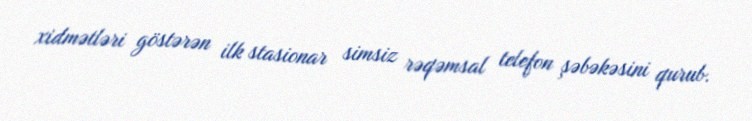
xidmətləri göstərən ilk stasionar simsiz rəqəmsal telefon şəbəkəsini qurub.